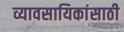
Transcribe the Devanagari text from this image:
व्यावसायिकांसाठी